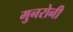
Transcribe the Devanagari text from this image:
मुनरोनी